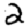
Digit: 2